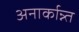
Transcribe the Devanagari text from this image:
अनार्कान्न्त